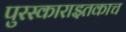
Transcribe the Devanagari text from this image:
पुरस्काराइतकाच